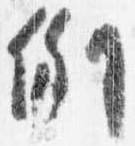
例